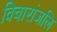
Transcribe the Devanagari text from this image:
विचारांजलि